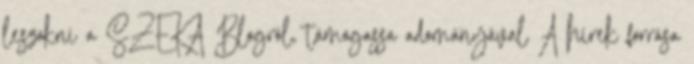
leszokni a SZEKA Blogról, támogassa adományával A hírek forrása